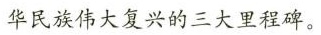
华民族伟大复兴的三大里程碑。